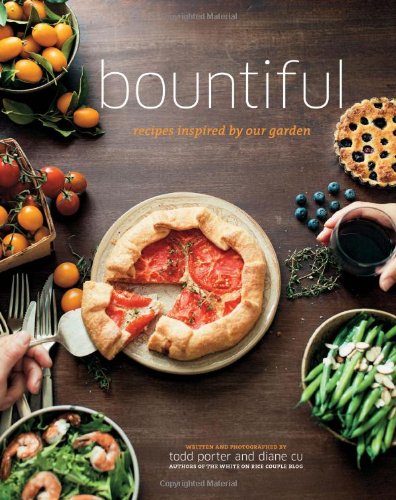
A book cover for Bountiful: Recipes Inspired by Our Garden; Todd Porter; Cookbooks, Food & Wine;